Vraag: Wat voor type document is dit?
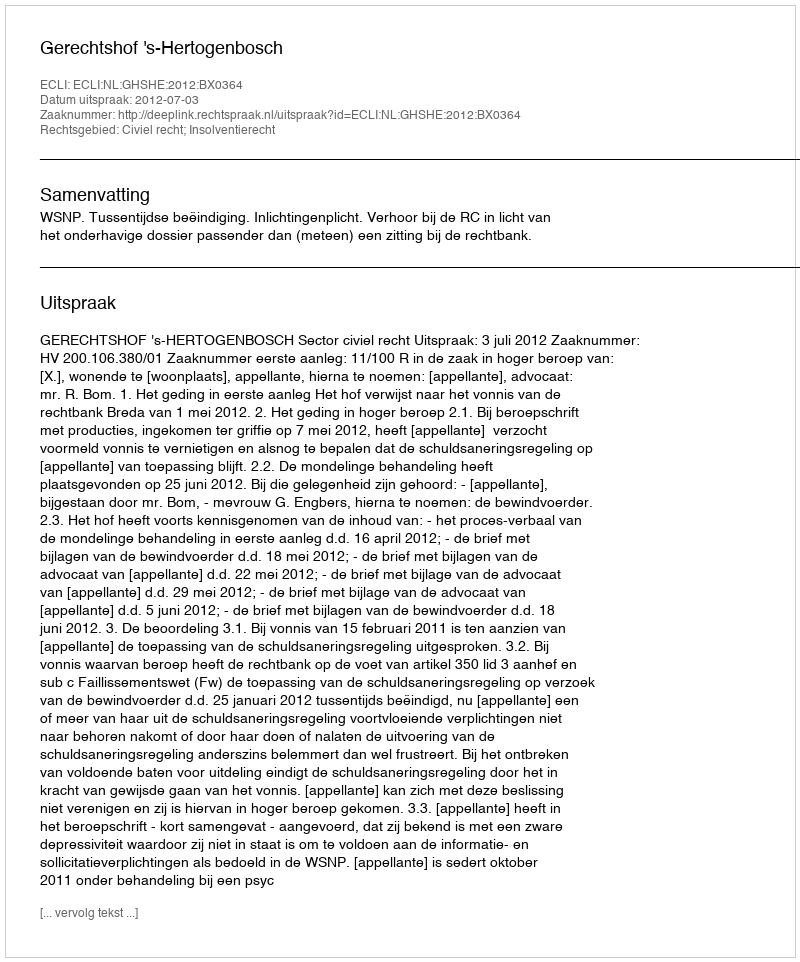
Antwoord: Uitspraak